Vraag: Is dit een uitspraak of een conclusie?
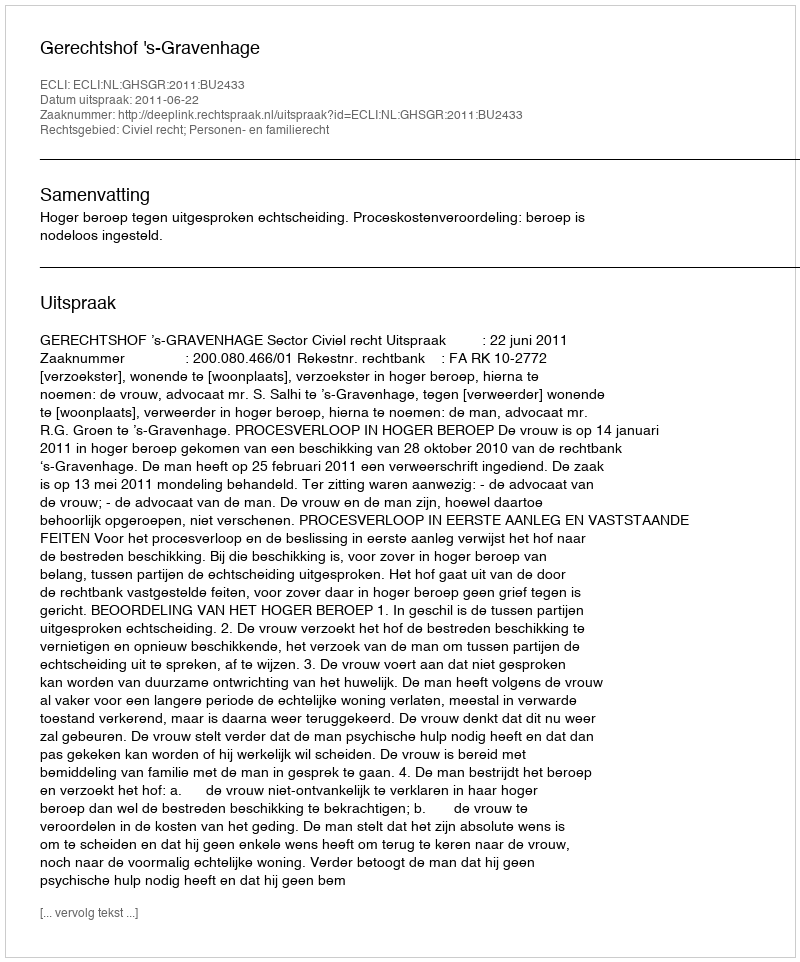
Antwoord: Uitspraak